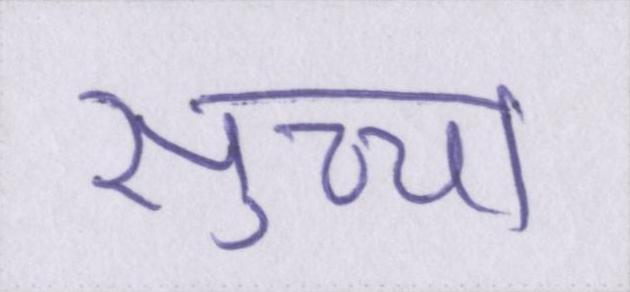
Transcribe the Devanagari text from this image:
सुच्चा